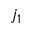
j _ { 1 }